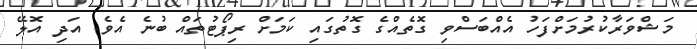
މަޝްވަރާކުރުމަށްފަހު އެއްބަސްވި ގޮތެއްގެ ގޮތުގައި ކަމަށް ރިޕޯޓުތައް ބުނެ އެވެ. އަދި އޮލޭ